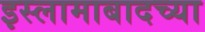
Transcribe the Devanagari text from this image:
इस्लामाबादच्या